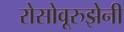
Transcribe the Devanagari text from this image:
रोसोवूरुझेनी